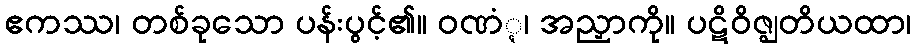
ဧကဿ၊ တစ်ခုသော ပန်းပွင့်၏။ ဝဏံ္ဋ၊ အညှာကို။ ပဋိဝိဇ္ဈတိယထာ၊